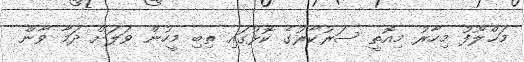
މަޚްލޫފު މިހާރު މިއޮތީ ސަރުކާރުގެ ކޮޅުގައި ތިބި މީހުން ވަލަށް ދަމާ ވާން